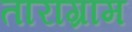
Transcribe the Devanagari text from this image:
ताराग्राम